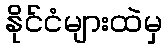
နိုင်ငံများထဲမှ